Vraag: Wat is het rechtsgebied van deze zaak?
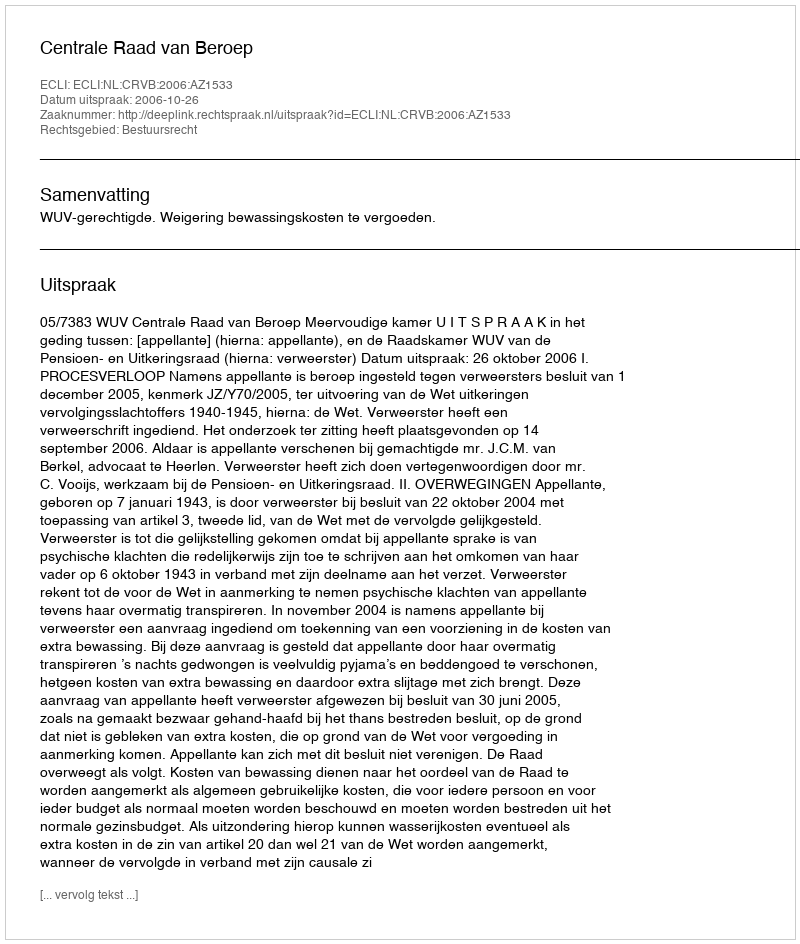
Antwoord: Bestuursrecht